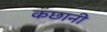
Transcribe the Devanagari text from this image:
कछानी